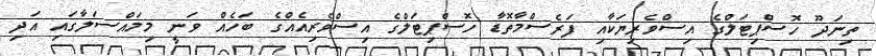
ތިނަދޫ ހޮސްޕިޓަލްގެ އިސްވެރިޔަކާއި ފަރެސްމާތޮޑާ ހޮސްޕިޓަލްގެ އިސްވެރިއެއްގެ ބަހެއް ވަނީ މިމައްސަލާގައި އަދި